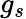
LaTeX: g_{s}